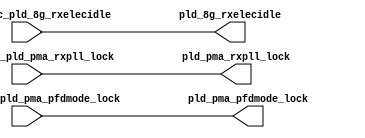
// This program was cloned from: https://github.com/chipsalliance/aib-phy-hardware
// License: Apache License 2.0

// SPDX-License-Identifier: Apache-2.0
// Copyright (C) 2019 Intel Corporation. 
module hdpldadapt_rx_async_direct (
// AIB IF
input   wire   aib_fabric_pld_8g_rxelecidle,
input   wire   aib_fabric_pld_pma_rxpll_lock,
input   wire   aib_fabric_pld_pma_pfdmode_lock,

// PLD IF
output   wire  pld_pma_pfdmode_lock,
output   wire  pld_8g_rxelecidle,
output   wire  pld_pma_rxpll_lock

);

assign pld_8g_rxelecidle  = aib_fabric_pld_8g_rxelecidle;
assign pld_pma_rxpll_lock = aib_fabric_pld_pma_rxpll_lock;
assign pld_pma_pfdmode_lock          = aib_fabric_pld_pma_pfdmode_lock;

endmodule